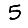
Digit: 5